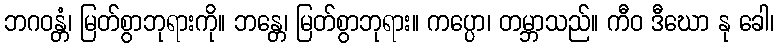
ဘဂဝန္တံ၊ မြတ်စွာဘုရားကို။ ဘန္တေ၊ မြတ်စွာဘုရား။ ကပ္ပော၊ တမ္ဘာသည်။ ကီဝ ဒီဃော နု ခေါ၊